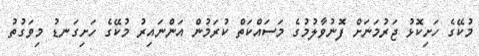
މުކޭގެ ހަށިކޮޅު ޖަރުމަނަށް ފޮނުވާލުމުގެ މަސައްކަތް ކުރަމުން އަންނައިރު މުކޭގެ ހަށިގަނޑު މިވަގުތު